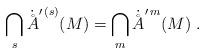
LaTeX: \begin{align*}\bigcap_s\dot\AA^{\prime\,(s)}(M)=\bigcap_m\dot\AA^{\prime\,m}(M)\;.\end{align*}